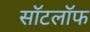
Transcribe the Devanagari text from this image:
सॉटलॉफ